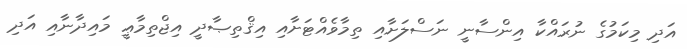
އަދި މިކަމުގެ ނުރައްކާ އިންސާނީ ނަސްލަށާއި ތިމާވެއްޓަށާއި އިޤްތިޞާދީ އިޖްތިމާޢީ މައިދާނާއި އަދި